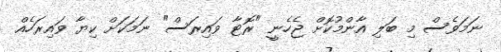
ނަމަވެސް މި ބަލި އާންމުކޮށް ޖެހެނީ "ރޮޓާ ވައިރަސް" ނަމަކަށް ކިޔާ ވައިރަހެއް